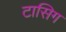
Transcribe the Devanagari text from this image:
टासिग